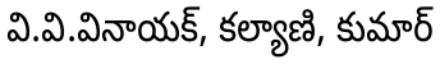
వి.వి.వినాయక్, కల్యాణి, కుమార్